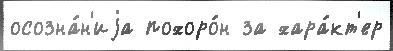
осозна́н'иjа похоро́н за хара́кт'ер